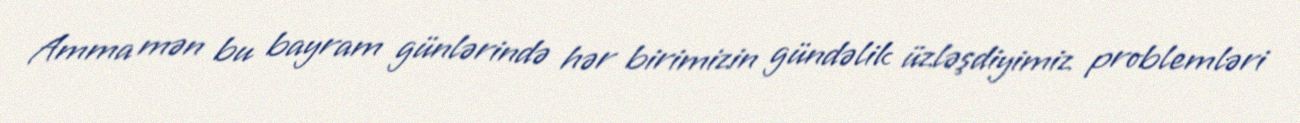
Amma mən bu bayram günlərində hər birimizin gündəlik üzləşdiyimiz problemləri